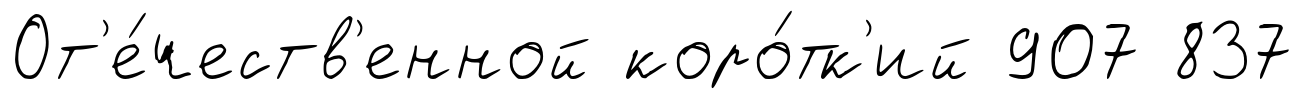
От'е́честв'енной коро́тк'ий 907 837